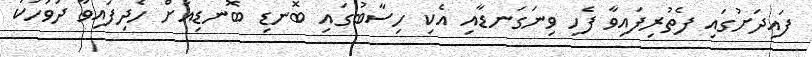
ފައިދަށުގައި ފެތުރިފައިވާ ފެހި ވިނަގަނޑާއި އެކި ހިސާބުގައި ބޮނޑި ބޮނޑިއަށް ހެދިފައިވާ ދުވަހަކު